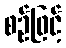
စဉ်ဖြင့်